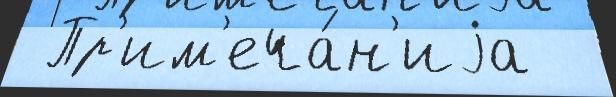
 Пр'им'еча́н'иjа